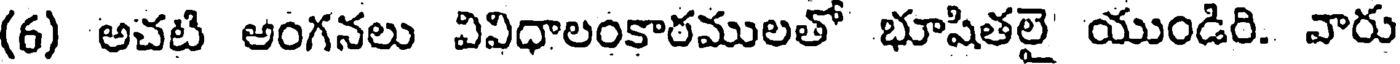
(6) అచటి అంగనలు వివిధాలంకారములతో భూషితలై యుండిరి. వారు